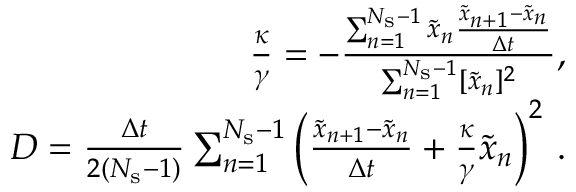
\begin{array} { r } { \frac { \kappa } { \gamma } = - \frac { \sum _ { n = 1 } ^ { N _ { \mathrm { s } } - 1 } \tilde { x } _ { n } \frac { \tilde { x } _ { n + 1 } - \tilde { x } _ { n } } { \Delta t } } { \sum _ { n = 1 } ^ { N _ { \mathrm { s } } - 1 } [ \tilde { x } _ { n } ] ^ { 2 } } , } \\ { D = \frac { \Delta t } { 2 ( N _ { \mathrm { s } } - 1 ) } \sum _ { n = 1 } ^ { N _ { \mathrm { s } } - 1 } \left( \frac { \tilde { x } _ { n + 1 } - { \tilde { x } _ { n } } } { \Delta t } + \frac { \kappa } { \gamma } \tilde { x } _ { n } \right) ^ { 2 } \, . } \end{array}